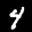
Label: 4